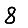
Digit: 8